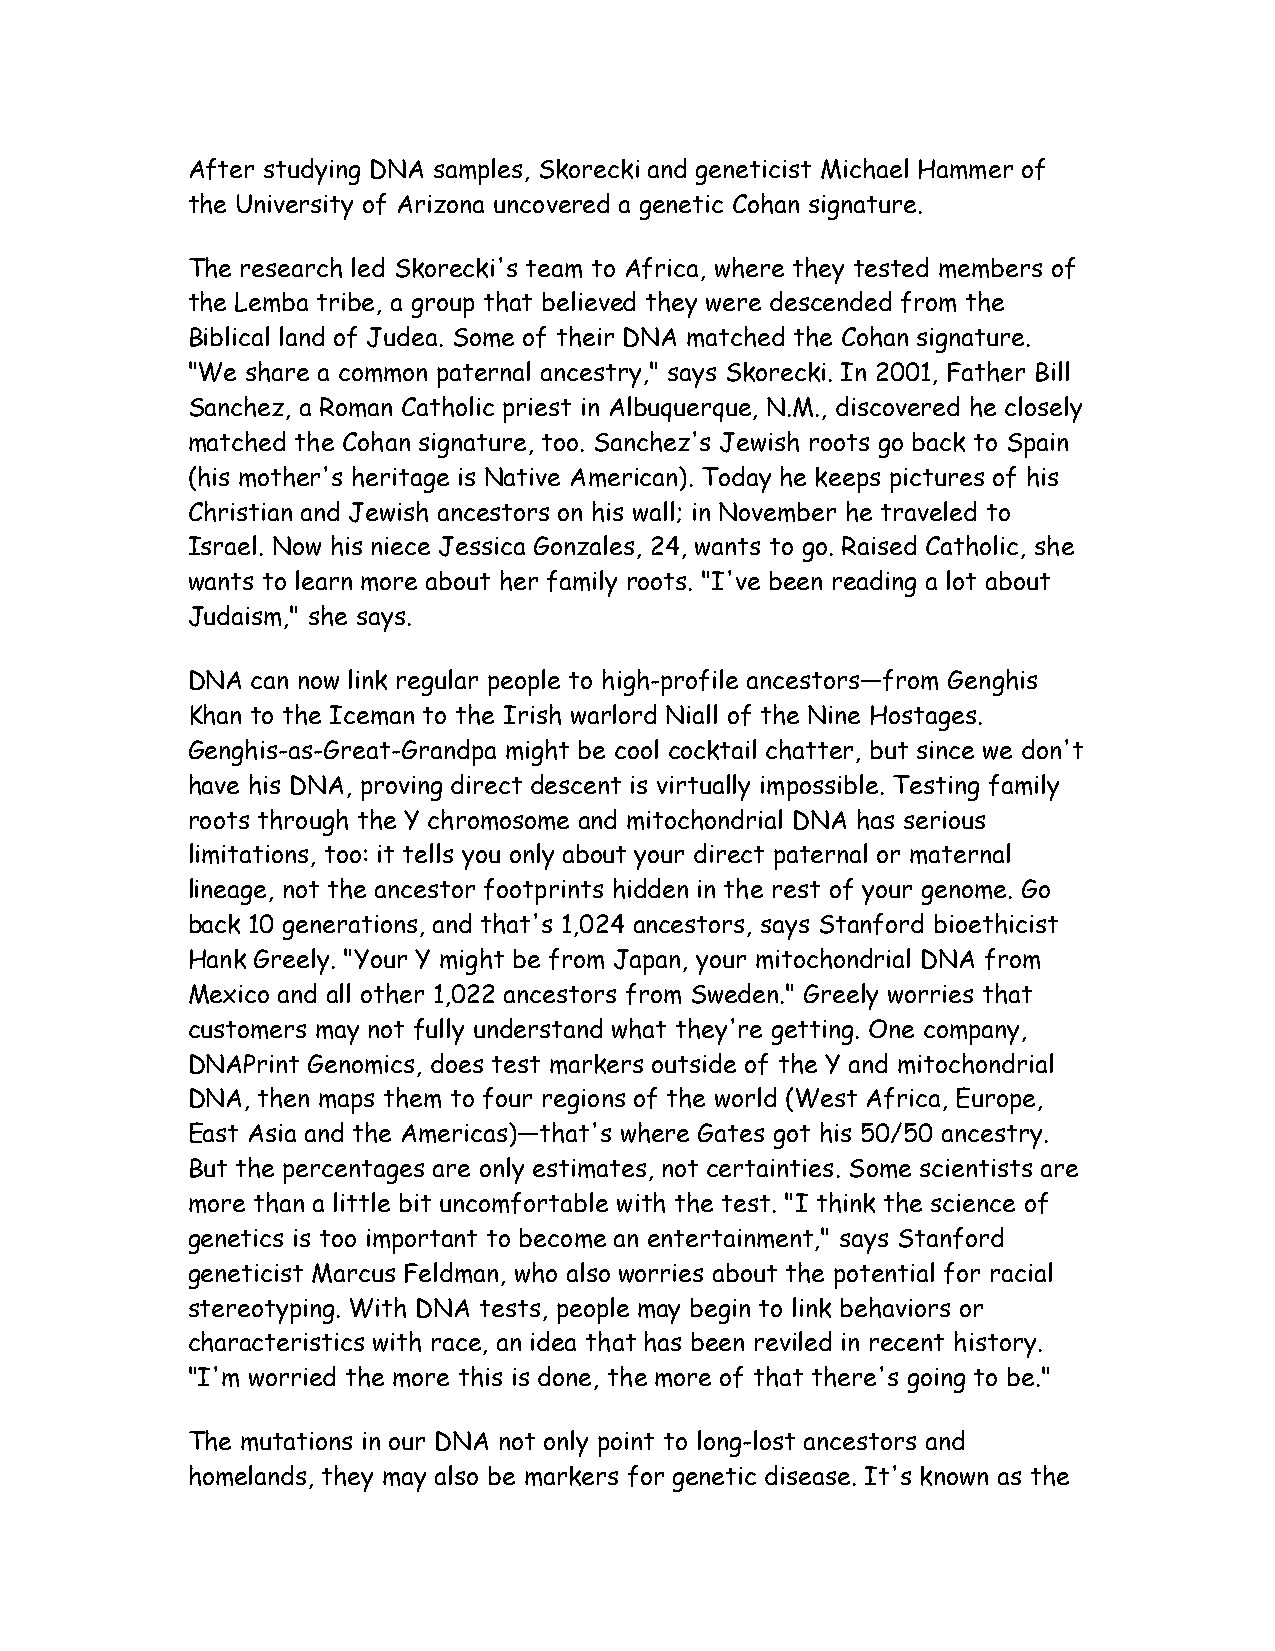
After studying DNA samples, Skorecki and geneticist Michael Hammer of
 the University of Arizona uncovered a genetic Cohan signature.
 The research led Skorecki's team to Africa, where they tested members of
 the Lemba tribe, a group that believed they were descended from the
 Biblical land of Judea. Some of their DNA matched the Cohan signature.
 "We share a common paternal ancestry," says Skorecki. In 2001, Father Bill
 Sanchez, a Roman Catholic priest in Albuquerque, N.M., discovered he closely
 matched the Cohan signature, too. Sanchez's Jewish roots go back to Spain
 (his mother's heritage is Native American). Today he keeps pictures of his
 Christian and Jewish ancestors on his wall; in November he traveled to
 Israel. Now his niece Jessica Gonzales, 24, wants to go. Raised Catholic, she
 wants to learn more about her family roots. "I've been reading a lot about
 Judaism," she says.
 DNA  can now link regular people to high-profile ancestors—from Genghis
 Khan to the Iceman to the Irish warlord Niall of the Nine Hostages.
 Genghis-as-Great-Grandpa might be cool cocktail chatter, but since we don't
 have his DNA, proving direct descent is virtually impossible. Testing family
 roots through the Y chromosome and mitochondrial DNA has serious
 limitations, too: it tells you only about your direct paternal or maternal
 lineage, not the ancestor footprints hidden in the rest of your genome. Go
 back 10 generations, and that's 1,024 ancestors, says Stanford bioethicist
 Hank Greely. "Your Y might be from Japan, your mitochondrial DNA from
 Mexico and all other 1,022 ancestors from Sweden." Greely worries that
 customers may not fully understand what they're getting. One company,
 DNAPrint Genomics, does test markers outside of the Y and mitochondrial
 DNA, then maps them to four regions of the world (West Africa, Europe,
 East Asia and the Americas)—that's where Gates got his 50/50 ancestry.
 But the percentages are only estimates, not certainties. Some scientists are
 more than a little bit uncomfortable with the test. "I think the science of
 genetics is too important to become an entertainment," says Stanford
 geneticist Marcus Feldman, who also worries about the potential for racial
 stereotyping. With DNA tests, people may begin to link behaviors or
 characteristics with race, an idea that has been reviled in recent history.
 "I'm worried the more this is done, the more of that there's going to be."
 The mutations in our DNA not only point to long-lost ancestors and
 homelands, they may also be markers for genetic disease. It's known as the